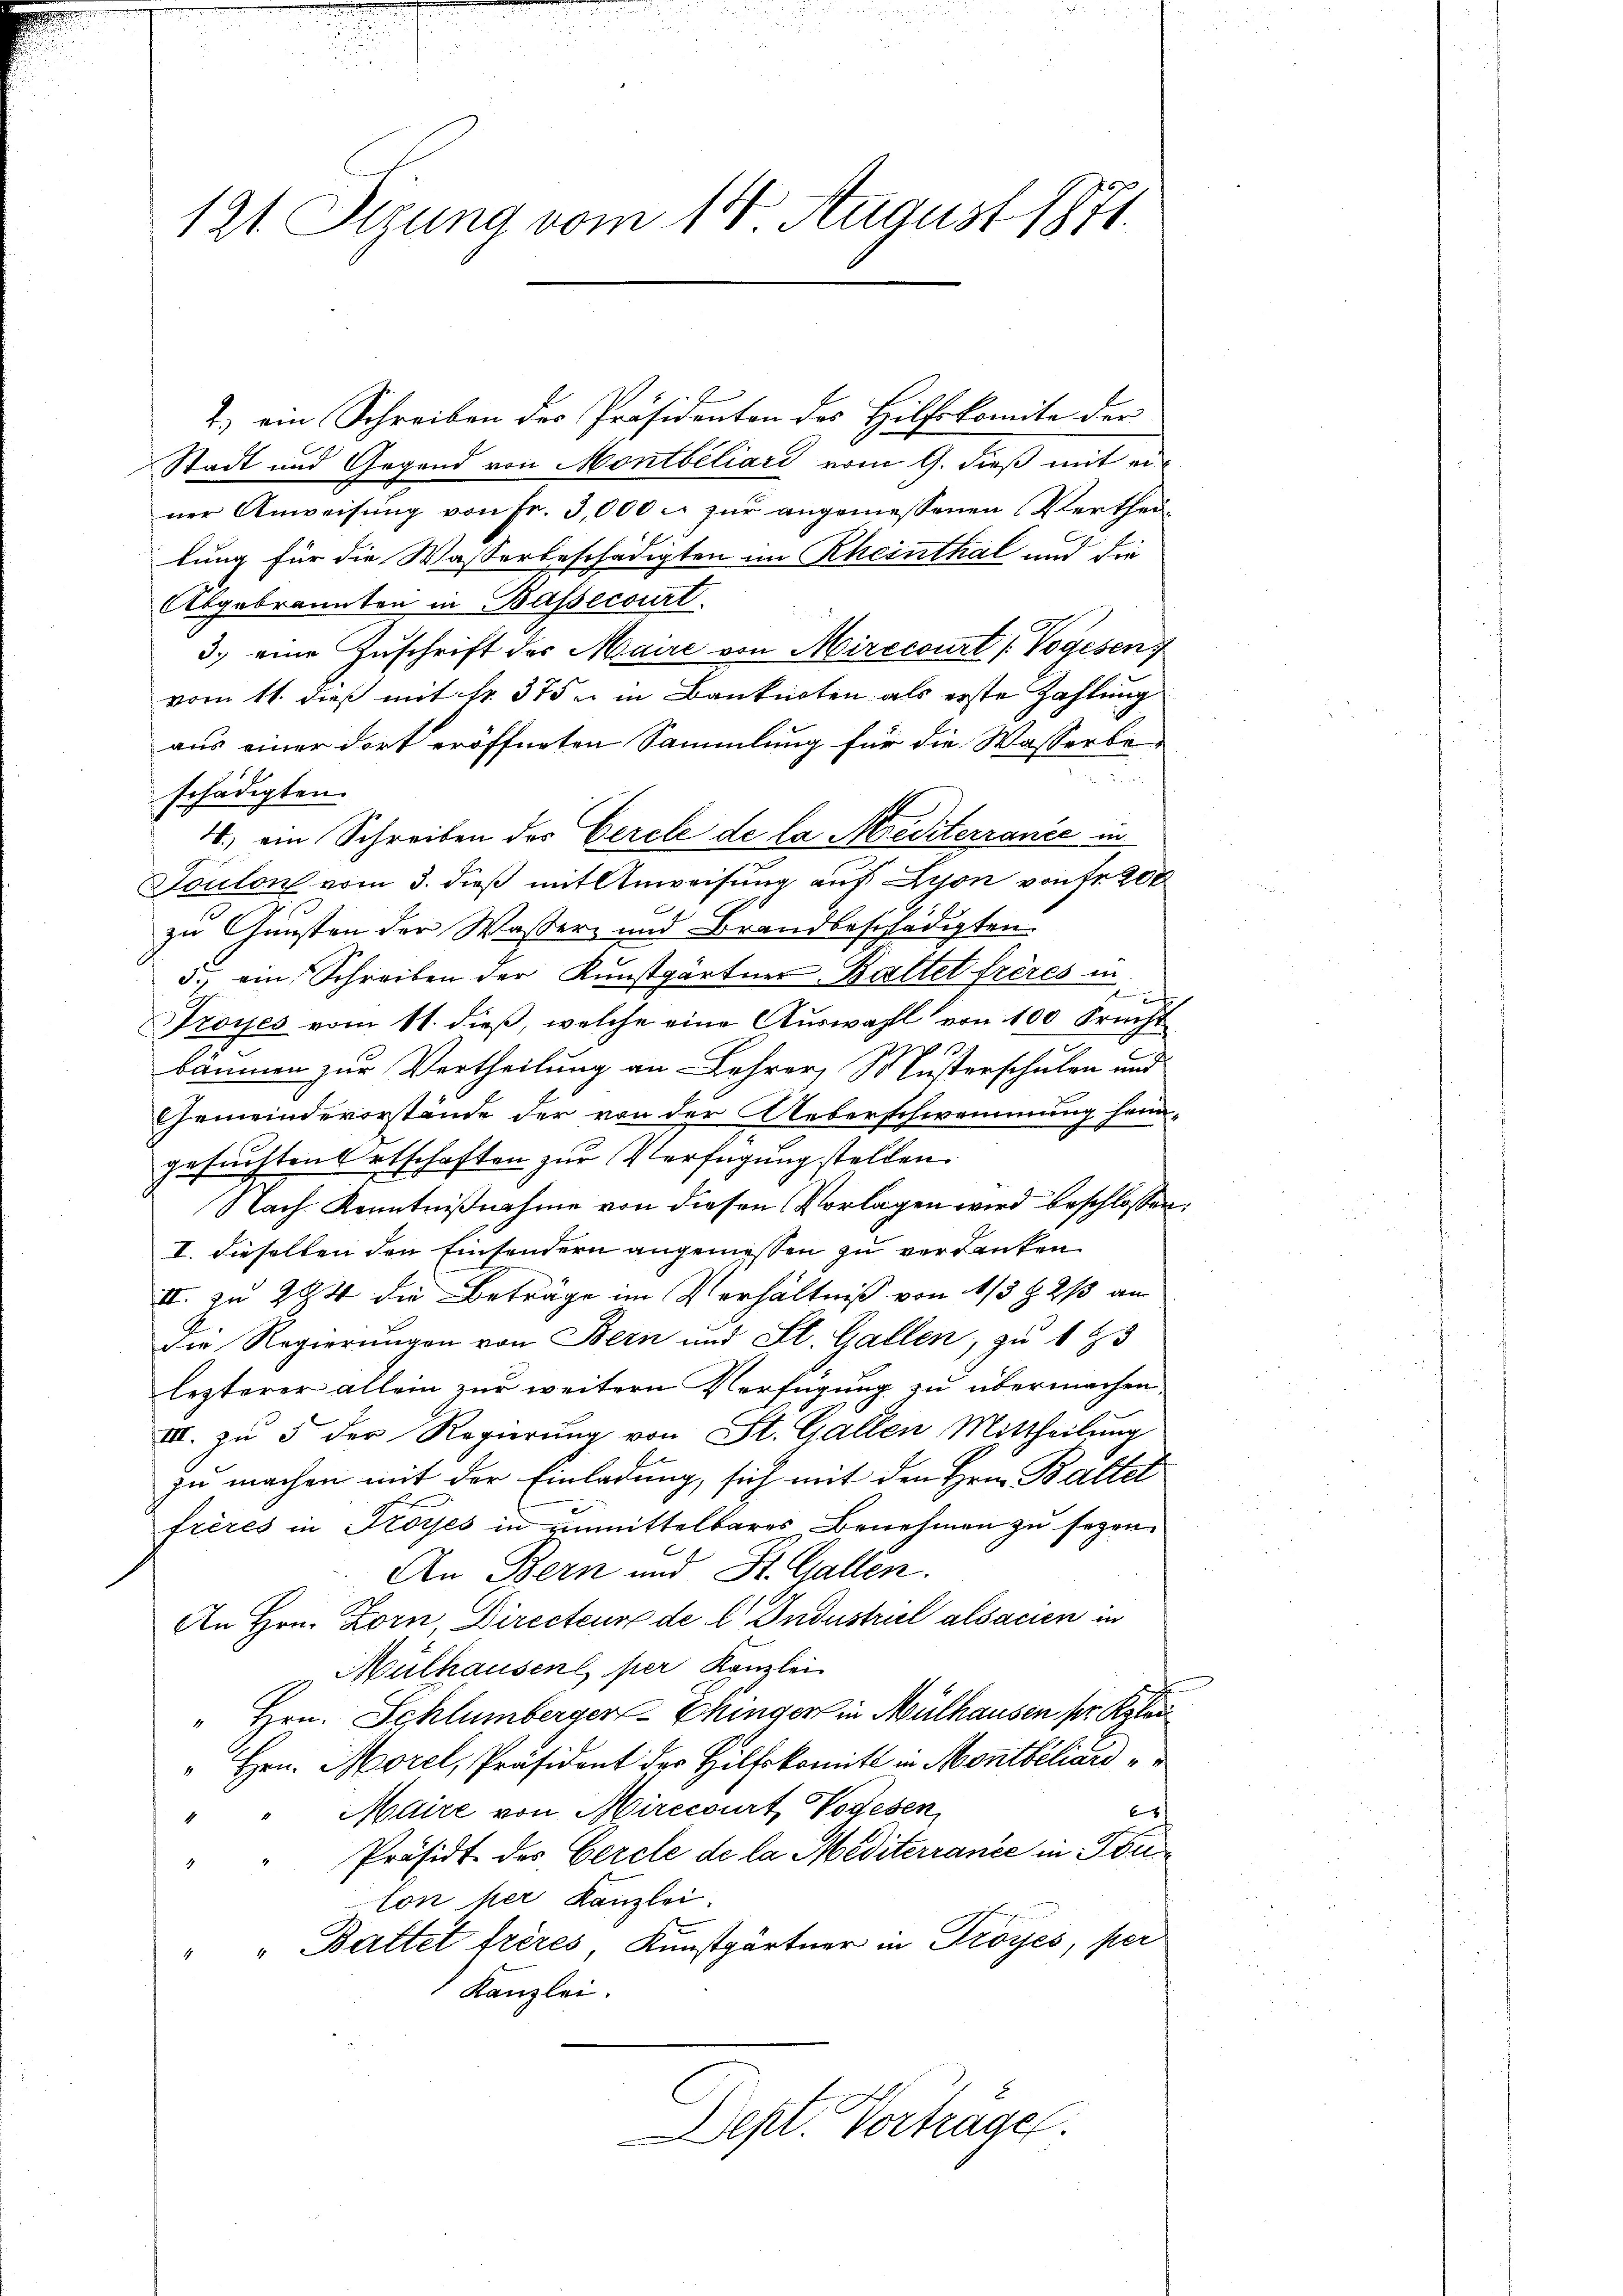
121. Sizung vom 14. August 1871.

2) ein Schreiben des Präsidenten des Hilfskomite der
Stadt und Gegend von Montbéliari vom 9. dieß mit einer Anweisung von Fr. 3,000 c. zur angemessenen Vertheilung für die Wasserbeschädigten im Rheinthal und die
Abgebrannten in Bassecourt
3.) eine Zuschrift der Maire von Mirccourt (Vogesen
vom 11. dieß mit Nr. 375 u. in Banknoten als erste Zahlung
aus einer dort eröffneten Sammlung für die Wasserben
schädigten
4) ein Schreiben des Cercle de la Mediterrance in
Toulon vom 3. dieß mit Anweisung auf Lyon von Fr. 200
zu Gunsten der Wasser- und Brandbeschädigten
5. am Schreiben der Kunstgärtner Kaltet frères in

Froyes vom 11. dieβ, welche eine Auswahl von 100 Srecht
.
bäumen zur Vertheilung an Lehrer Susterschulen und
Gemeindeverstände der von der Ueberschwemmung heim-
gesuchten Ortschaften zur Verfügung stellen.
Nach Kenntnißnahme von diesen Vorlagen wird beschlossen
I. dieselben den Einsendern angemessen zu verdanken
II. zu 294 die Beträge im Verhältniß von 1/3 9 2/3 an
die Regierungen von Bern und St. Gallen, zu 1 43
lezterer allein zur weitern Verfügung zu übermachen,
III. zu 5 der Regierung von St. Gallen Mittheilung
zu machen mit der Einladung, sich mit den Hrn. Ballel
frères in Trosses in unmittelbares Benehmen zu sagen
An Bern und St. Gallen.
An Hrn. Zorn, Directeur de l. Industriel alsacien in
Mülhausen per Kanzlei
" Hrn. Schlümberger-Ehinger in Mülhausen sr Klau
" Hrn. Morel, Präsident der Hilfskomit in Montbéliard
Maire von Mirccourt Todesen
b
4
Präsidt. des Gercle de la Mediterrance in Tou
lon per Kanzlei.
" " Battet frères, Kunstgärtner in Proyés, per
Kanzlei.
Dept. Vortragen.

e